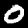
Label: 0